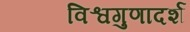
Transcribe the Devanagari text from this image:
विश्वगुणादर्श